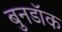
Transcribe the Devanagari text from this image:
बुनडॉक